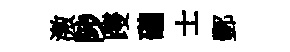
激陟躞礲士酆